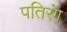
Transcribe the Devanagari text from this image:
पतिरंग